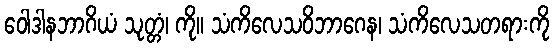
ဝေါဒါနဘာဂိယံ သုတ္တံ၊ ကို။ သံကိလေသဝိဘာဂေန၊ သံကိလေသတရားကို